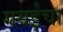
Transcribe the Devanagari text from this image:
गवईंचा